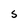
Character: S